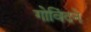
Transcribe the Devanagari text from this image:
गोविंदने